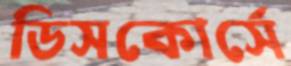
ডিসকোর্সে